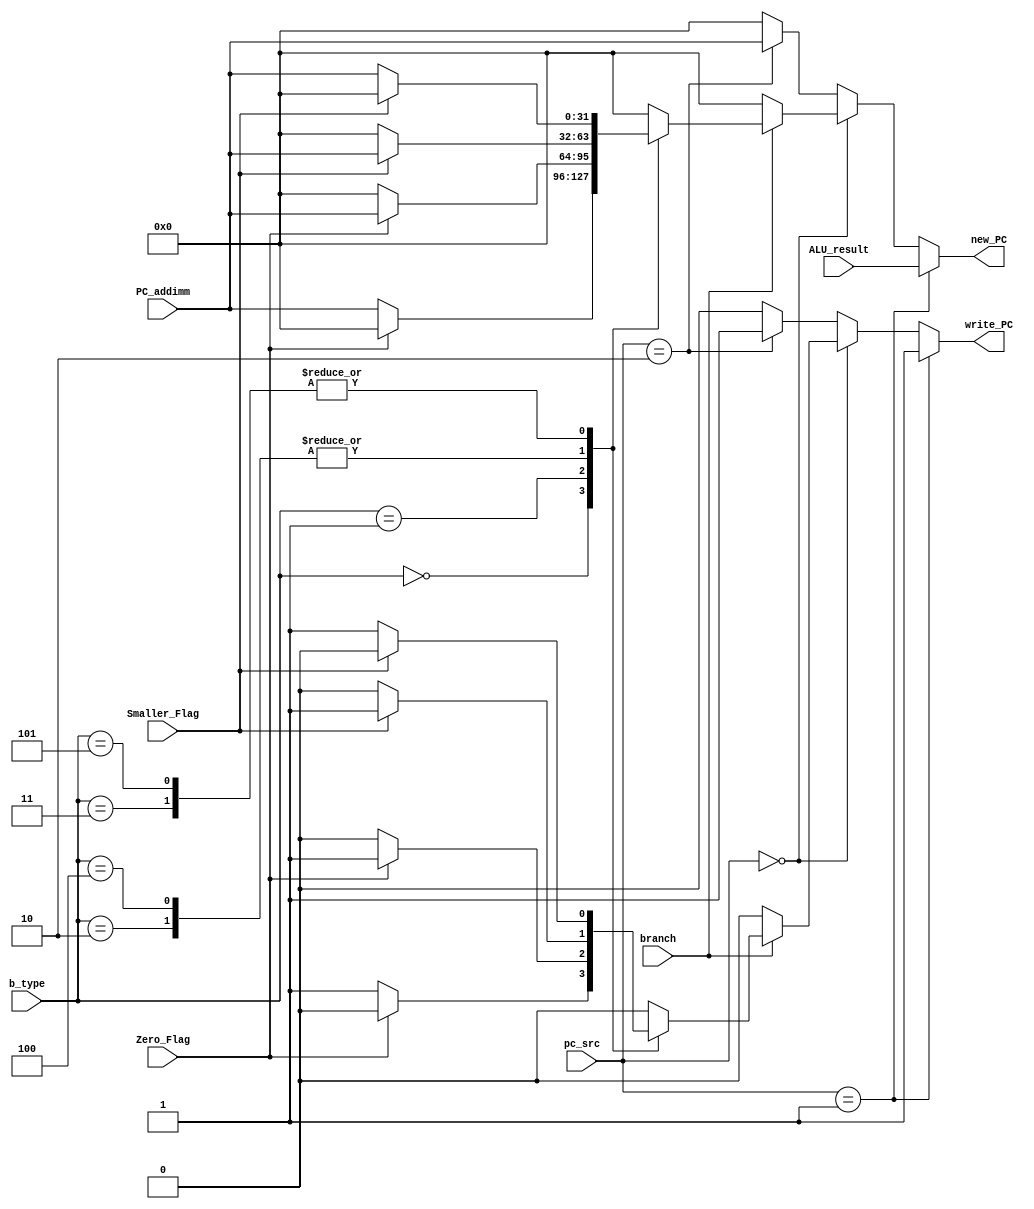
`timescale 1ns / 1ps
//////////////////////////////////////////////////////////////////////////////////
// Company: 
// Engineer: 
// 
// Design Name: 
// Module Name: Return_to_PC
// Project Name: 
// Target Devices: 
// Tool Versions: 
// Description: 
// 
// Dependencies: 
// 
// Revision:
// Revision 0.01 - File Created
// Additional Comments:
// 
//////////////////////////////////////////////////////////////////////////////////


module Return_to_PC(
input [31:0] PC_addimm,
input [31:0] ALU_result,
input [1:0] pc_src,
input branch,
input [2:0] b_type,
input Zero_Flag,
input Smaller_Flag,
output reg write_PC,
output reg [31:0] new_PC
    );
    
always @ *
begin
    if(pc_src == 2'b01)
    begin
        write_PC <= 1'b1;
        new_PC <= ALU_result;
    end
    
    else if(pc_src == 2'b00)
    begin
        if(branch)
        begin
            case(b_type)
            3'b000:
            begin
                if(Zero_Flag == 1'b0)
                begin
                    write_PC <= 1'b1;
                    new_PC <= PC_addimm;
                end
                
                else
                begin
                    write_PC <= 1'b0;
                    new_PC <= 32'b0;
                end
            end
            
            3'b001:
            begin
                if(Zero_Flag == 1'b1)
                begin
                    write_PC <= 1'b1;
                    new_PC <= PC_addimm;
                end
                
                else
                begin
                    write_PC <= 1'b0;
                    new_PC <= 32'b0;
                end
            end    
            
            3'b010:
            begin
                if(Smaller_Flag == 1'b1)
                begin
                    write_PC <= 1'b1;
                    new_PC <= PC_addimm;
                end
                
                else
                begin
                    write_PC <= 1'b0;
                    new_PC <= 32'b0;
                end
            end
            
            3'b011:
            begin
                if(Smaller_Flag == 1'b0)
                begin
                    write_PC <= 1'b1;
                    new_PC <= PC_addimm;
                end
                
                else
                begin
                    write_PC <= 1'b0;
                    new_PC <= 32'b0;
                end
            end
            
            3'b100:
            begin
                if(Smaller_Flag == 1'b1)
                begin
                    write_PC <= 1'b1;
                    new_PC <= PC_addimm;
                end
                
                else
                begin
                    write_PC <= 1'b0;
                    new_PC <= 32'b0;
                end
            end
            
            3'b101:
            begin
                if(Smaller_Flag == 1'b0)
                begin
                    write_PC <= 1'b1;
                    new_PC <= PC_addimm;
                end
                
                else
                begin
                    write_PC <= 1'b0;
                    new_PC <= 32'b0;
                end
            end
            
            default:
            begin
                write_PC <= 1'b0;
                new_PC <= 32'b0;
            end
            
            endcase
        end
        
        else
        begin
            write_PC <= 1'b0;
            new_PC <= 32'b0;
        end
    end
    
    else if(pc_src == 2'b10)
    begin
        write_PC <= 1'b1;
        new_PC <= PC_addimm;
    end
    
    else
    begin
        write_PC <= 1'b0;
        new_PC <= 32'b0;
    end
end     
    
endmodule